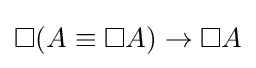
\Box (A\equiv \Box A)\to \Box A